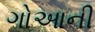
ગોઆની